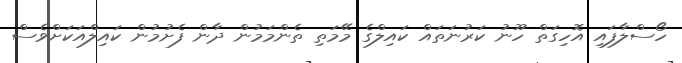
ހޯސްލާފައި އޮހިގަތް ހޫނު ކަރުނަތައް ކައިލްގެ މޭމަތި ތެންމަމުން ދާން ފެށުމުން ކައިލްއަކަށްވެސް